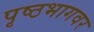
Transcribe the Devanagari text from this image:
पृष्ठभागवर